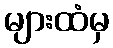
များထံမှ